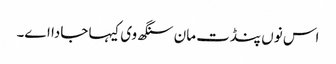
اس نوں پنڈت مان سنگھ وی کیہا جادا اے۔